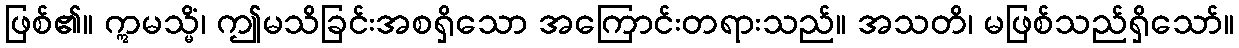
ဖြစ်၏။ ဣမသ္မိံ၊ ဤမသိခြင်းအစရှိသော အကြောင်းတရားသည်။ အသတိ၊ မဖြစ်သည်ရှိသော်။